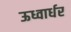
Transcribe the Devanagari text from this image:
ऊध्वार्धर